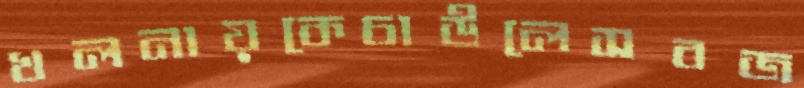
খলনায়কেচাউলেসবজ